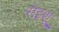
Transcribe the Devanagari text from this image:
सेइशू